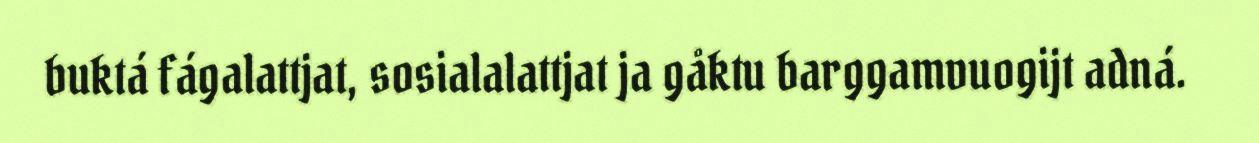
buktá fágalattjat, sosialalattjat ja gåktu barggamvuogijt adná.